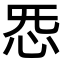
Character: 𫹲